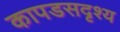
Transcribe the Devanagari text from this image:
कापडसदृश्य